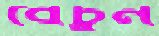
বেচুন